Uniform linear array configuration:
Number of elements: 8
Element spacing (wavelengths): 0.75
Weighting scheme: hann
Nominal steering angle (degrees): -15
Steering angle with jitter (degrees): -16.148
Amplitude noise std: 0.05
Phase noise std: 0.05

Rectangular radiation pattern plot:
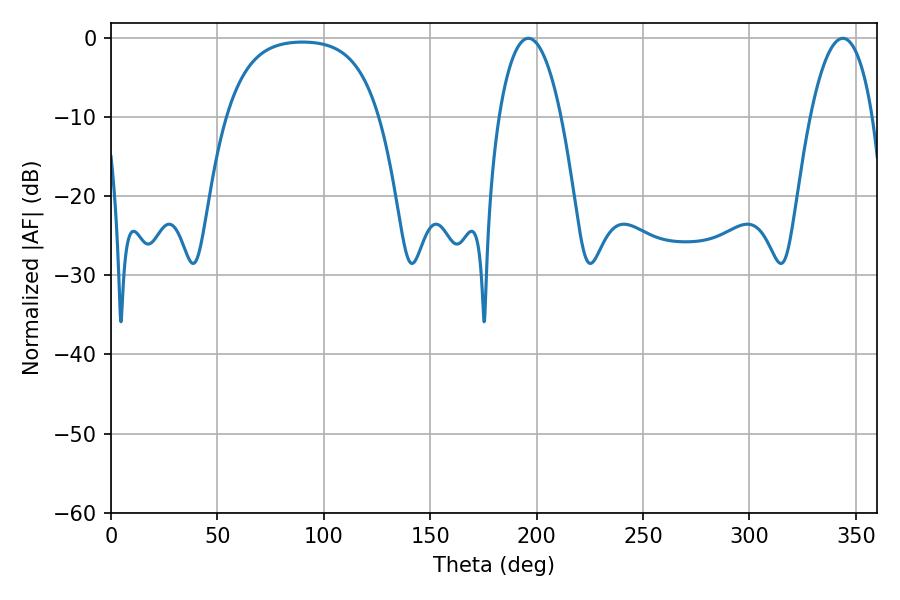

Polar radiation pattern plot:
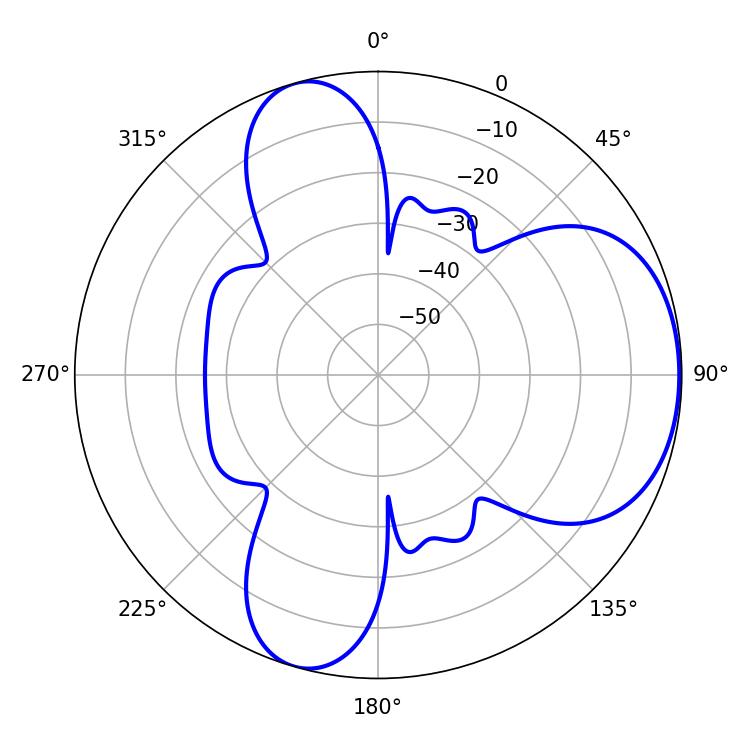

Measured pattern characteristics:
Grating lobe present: TRUE
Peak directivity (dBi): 5.519
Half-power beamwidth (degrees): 16.38
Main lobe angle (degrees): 196.2